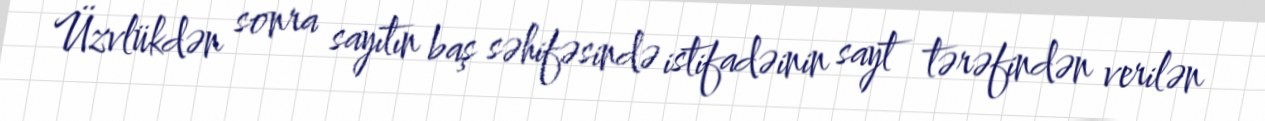
Üzvlükdən sonra sayıtın baş səhifəsində istifadəinin sayt tərəfindən verilən